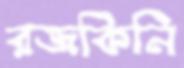
রজকিনি